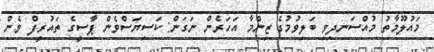
މައުލޫމާތު މުއްސަނދިވި ބަލިވުމުގެ ޒިންމާ އަހަރެން ނަގަން: ކަސިޔަސްވެން ޕާސީގެ ތައުރީފް ވެން